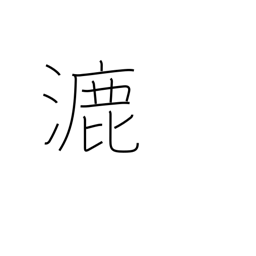
Meaning: spread out thin